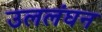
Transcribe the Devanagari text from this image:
उललंघन